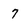
Character: 7